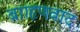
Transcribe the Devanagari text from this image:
ब्रााहृणवाद